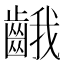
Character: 𪘐